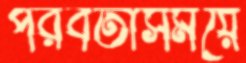
পরবর্তীসময়ে